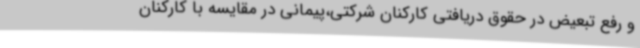
و رفع تبعیض در حقوق دریافتی کارکنان شرکتی،پیمانی در مقایسه با کارکنان